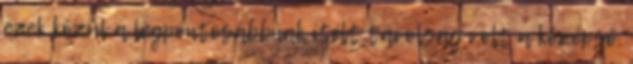
ezek közül a legpontosabbnak ítélt távolság volt a középső.